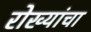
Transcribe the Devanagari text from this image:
रोख्यांचा